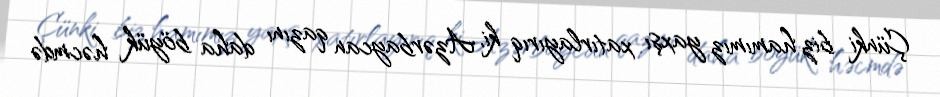
Çünki biz hamımız yaxşı xatırlayırıq ki, Azərbaycan qazını daha böyük həcmdə